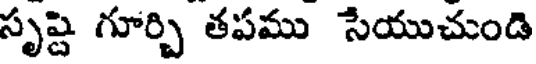
సృష్టి గూర్చి తపము సేయుచుండి